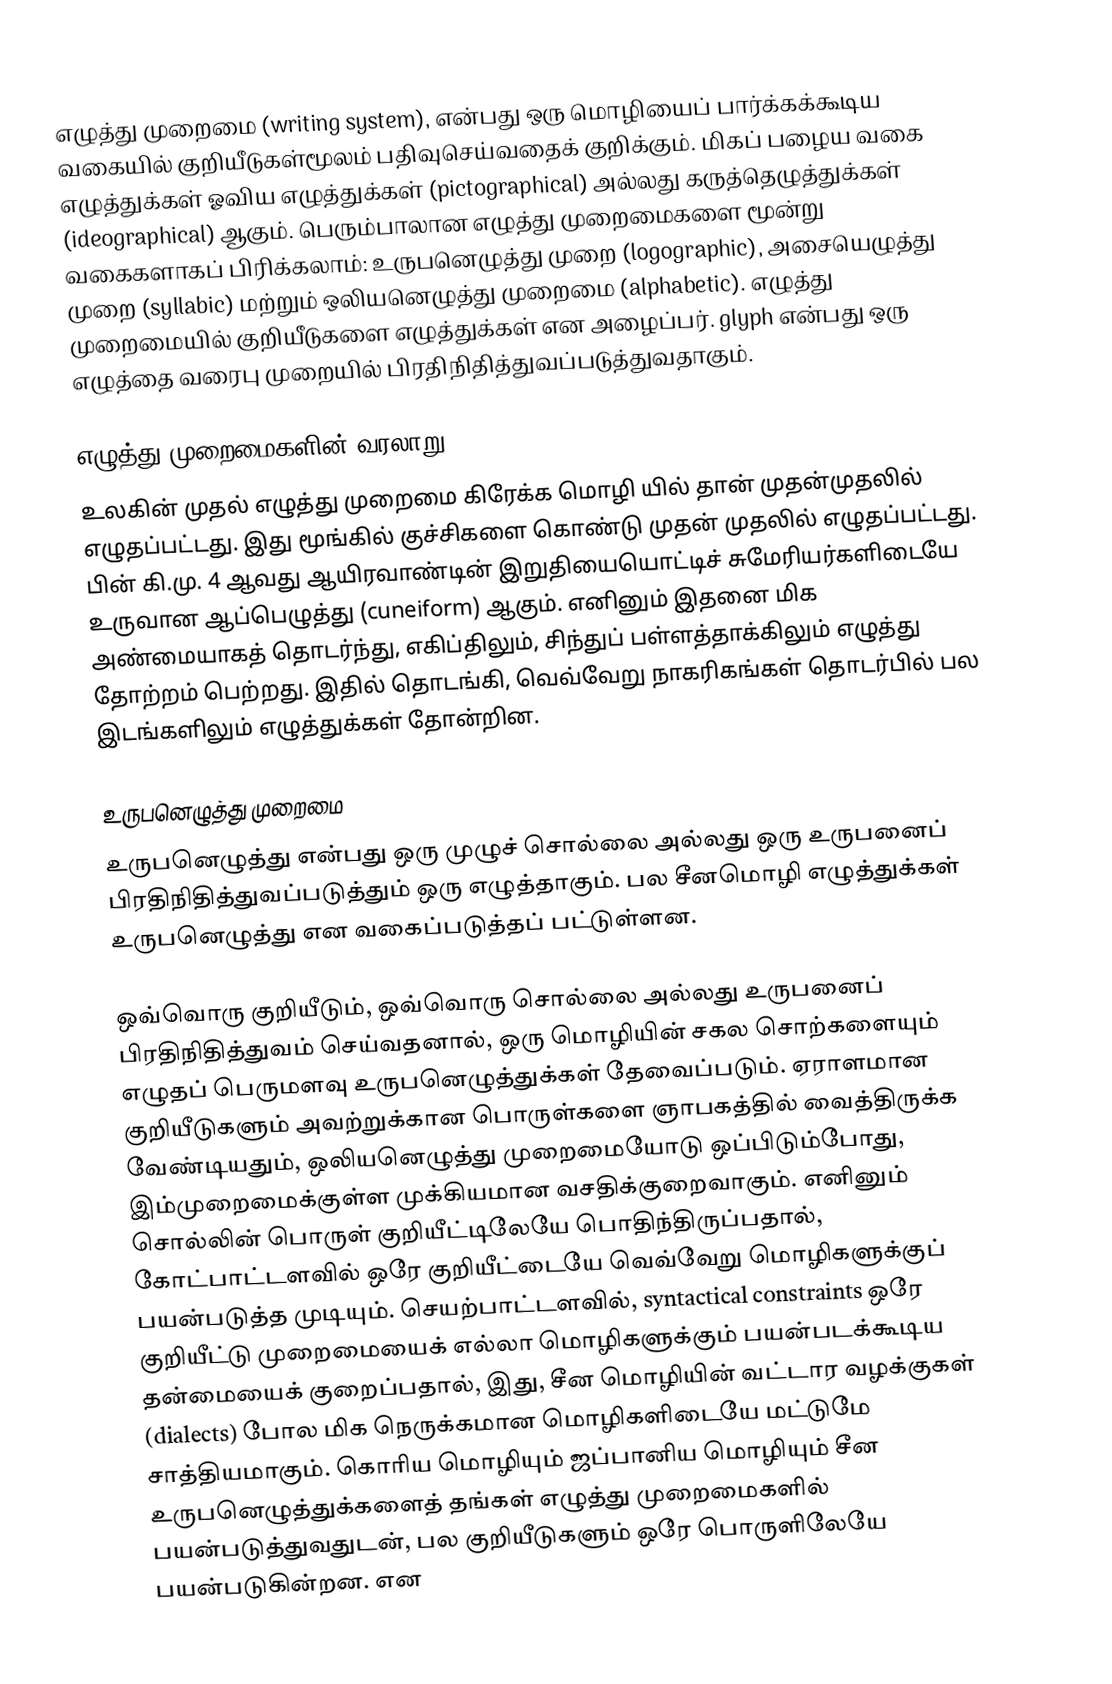
எழுத்து முறைமை (writing system), என்பது ஒரு மொழியைப் பார்க்கக்கூடிய வகையில் குறியீடுகள்மூலம் பதிவுசெய்வதைக் குறிக்கும். மிகப் பழைய வகை எழுத்துக்கள் ஓவிய எழுத்துக்கள் (pictographical) அல்லது கருத்தெழுத்துக்கள் (ideographical) ஆகும். பெரும்பாலான எழுத்து முறைமைகளை மூன்று வகைகளாகப் பிரிக்கலாம்: உருபனெழுத்து முறை (logographic), அசையெழுத்து முறை (syllabic) மற்றும் ஒலியனெழுத்து முறைமை (alphabetic). எழுத்து முறைமையில் குறியீடுகளை எழுத்துக்கள் என அழைப்பர். glyph என்பது ஒரு எழுத்தை வரைபு முறையில் பிரதிநிதித்துவப்படுத்துவதாகும்.

எழுத்து முறைமைகளின் வரலாறு
உலகின் முதல் எழுத்து முறைமை கிரேக்க மொழி யில் தான் முதன்முதலில் எழுதப்பட்டது. இது மூங்கில் குச்சிகளை கொண்டு முதன் முதலில் எழுதப்பட்டது. பின் கி.மு. 4 ஆவது ஆயிரவாண்டின் இறுதியையொட்டிச் சுமேரியர்களிடையே உருவான ஆப்பெழுத்து (cuneiform) ஆகும். எனினும் இதனை மிக அண்மையாகத் தொடர்ந்து, எகிப்திலும், சிந்துப் பள்ளத்தாக்கிலும் எழுத்து தோற்றம் பெற்றது. இதில் தொடங்கி, வெவ்வேறு நாகரிகங்கள் தொடர்பில் பல இடங்களிலும் எழுத்துக்கள் தோன்றின.

உருபனெழுத்து முறைமை
உருபனெழுத்து என்பது ஒரு முழுச் சொல்லை அல்லது ஒரு உருபனைப் பிரதிநிதித்துவப்படுத்தும் ஒரு எழுத்தாகும். பல சீனமொழி எழுத்துக்கள் உருபனெழுத்து என வகைப்படுத்தப் பட்டுள்ளன.

ஒவ்வொரு குறியீடும், ஒவ்வொரு சொல்லை அல்லது உருபனைப் பிரதிநிதித்துவம் செய்வதனால், ஒரு மொழியின் சகல சொற்களையும் எழுதப் பெருமளவு உருபனெழுத்துக்கள் தேவைப்படும். ஏராளமான குறியீடுகளும் அவற்றுக்கான பொருள்களை ஞாபகத்தில் வைத்திருக்க வேண்டியதும், ஒலியனெழுத்து முறைமையோடு ஒப்பிடும்போது,  இம்முறைமைக்குள்ள முக்கியமான வசதிக்குறைவாகும். எனினும் சொல்லின் பொருள் குறியீட்டிலேயே பொதிந்திருப்பதால், கோட்பாட்டளவில் ஒரே குறியீட்டையே வெவ்வேறு மொழிகளுக்குப் பயன்படுத்த முடியும். செயற்பாட்டளவில், syntactical constraints ஒரே குறியீட்டு முறைமையைக் எல்லா மொழிகளுக்கும் பயன்படக்கூடிய தன்மையைக் குறைப்பதால்,  இது, சீன மொழியின் வட்டார வழக்குகள் (dialects) போல மிக நெருக்கமான மொழிகளிடையே மட்டுமே சாத்தியமாகும். கொரிய மொழியும் ஜப்பானிய மொழியும் சீன உருபனெழுத்துக்களைத் தங்கள் எழுத்து முறைமைகளில் பயன்படுத்துவதுடன், பல குறியீடுகளும் ஒரே பொருளிலேயே பயன்படுகின்றன. என